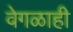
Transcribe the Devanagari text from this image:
वेगळाही